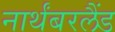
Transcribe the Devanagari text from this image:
नार्थंबरलैंड